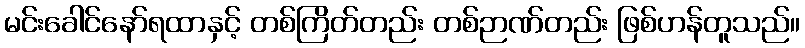
မင်းခေါင်နော်ရထာနှင့် တစ်ကြိတ်တည်း တစ်ဉာဏ်တည်း ဖြစ်ဟန်တူသည်။